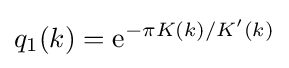
q_{1}(k)=\mathrm {e} ^{-\pi K(k)/K'(k)}